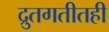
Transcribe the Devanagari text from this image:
द्रुतगतीतही